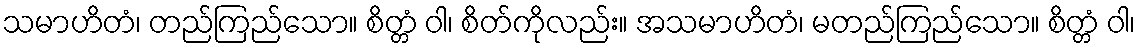
သမာဟိတံ၊ တည်ကြည်သော။ စိတ္တံ ဝါ၊ စိတ်ကိုလည်း။ အသမာဟိတံ၊ မတည်ကြည်သော။ စိတ္တံ ဝါ၊